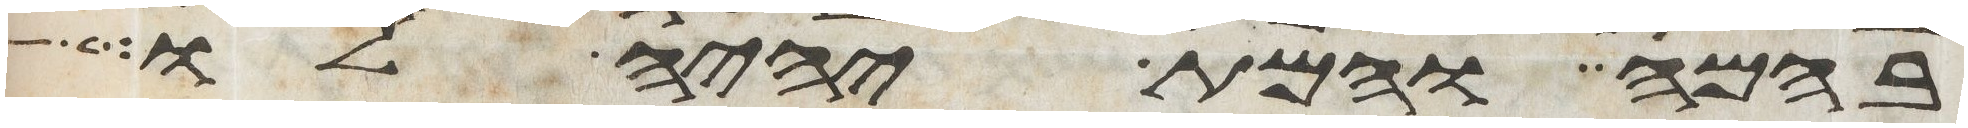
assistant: בהמה והמת יהיה לו